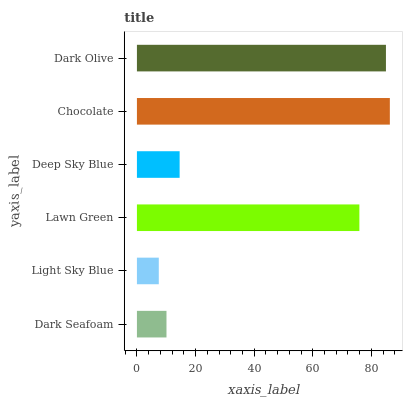
| yaxis_label | bars |
 | --- | --- |
 | Dark Seafoam | 10.1 |
 | Light Sky Blue | 7.46 |
 | Lawn Green | 75.9 |
 | Deep Sky Blue | 14.6 |
 | Chocolate | 86.3 |
 | Dark Olive | 85 |